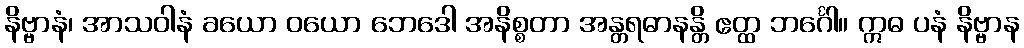
နိဗ္ဗာနံ၊ အာသဝါနံ ခယော ဝယော ဘေဒေါ အနိစ္စတာ အန္တရဓာနန္တိ ဧတ္ထ ဘင်္ဂေါ။ ဣဓ ပနံ နိဗ္ဗာန